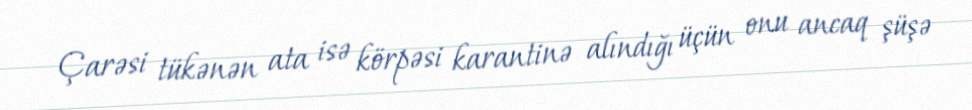
Çarəsi tükənən ata isə körpəsi karantinə alındığı üçün onu ancaq şüşə